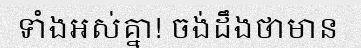
ទាំងអស់គ្នា! ចង់ដឹងថាមាន